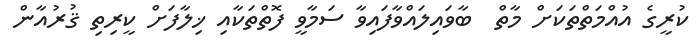
ކުރީގެ އުއްމަތްތަކަށް މާތް  ބާވައިލައްވާފައިވާ ސަމާވީ ފޮތްތަކާއި ޚިލާފަށް ކީރިތި ޤުރުއާން